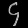
Digit: ၄